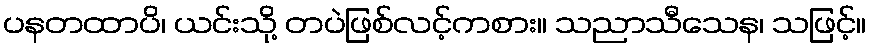
ပနတထာပိ၊ ယင်းသို့ တပဲဖြစ်လင့်ကစား။ သညာသီသေန၊ သဖြင့်။